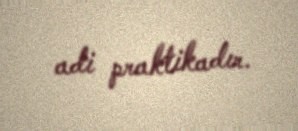
adi praktikadır.